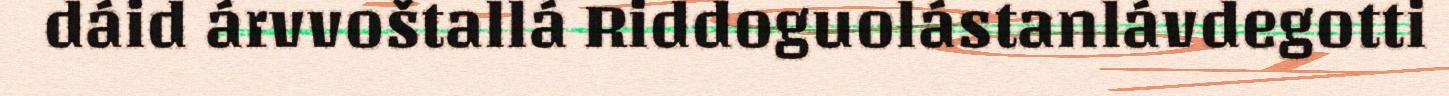
dáid árvvoštallá Riddoguolástanlávdegotti